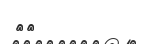
٤٢